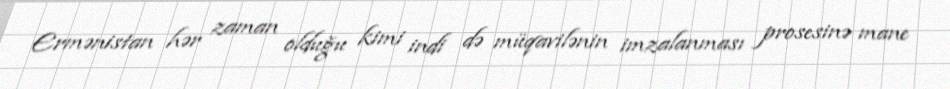
Ermənistan hər zaman olduğu kimi indi də müqavilənin imzalanması prosesinə mane